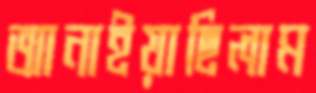
আনাইয়াছিলাম